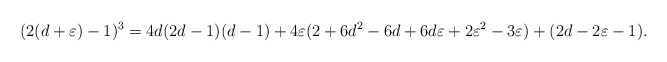
\begin{align*} (2(d+\varepsilon)-1)^{3}=4d(2d-1)(d-1)+4\varepsilon(2+6d^2-6d+6d\varepsilon+2\varepsilon^2-3\varepsilon)+(2d-2\varepsilon-1).\end{align*}